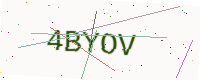
Text: 4BYOV